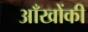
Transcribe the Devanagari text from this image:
आँखोंकी